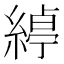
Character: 𮈱